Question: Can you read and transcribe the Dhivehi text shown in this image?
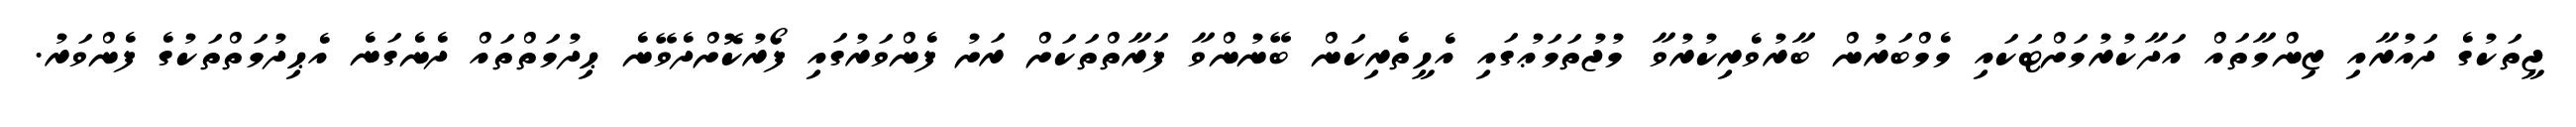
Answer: ޖީތަކުގެ ދައުރާއި ޒިންމާތައް އަދާކުރުމަށްޓަކައި މެމްބަރުން ބާރުވެރިކުރުވާ މުޖުތަމަޢުގައި އެހީތެރިކަން ބޭނުންވާ ފަރާތްތަކަށް ރަށު ފެންވަރުގައި ފޯރުކޮށްދެވޭނެ ޙިދުމަތްތައް ދެނެގަނެ އެޙިދުމަތްތަކުގެ ފެންވަރު.